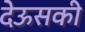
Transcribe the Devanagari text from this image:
देऊसकी